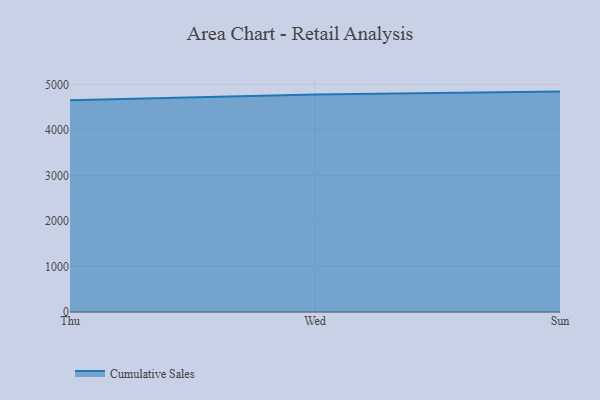
{"axis": {"x": "Day", "y": "Demand Index"}, "legend": ["Cumulative Sales"], "data": [{"x": "Thu", "y": 4651.1, "type": "Cumulative Sales"}, {"x": "Wed", "y": 4777.4, "type": "Cumulative Sales"}, {"x": "Sun", "y": 4841.9, "type": "Cumulative Sales"}]}